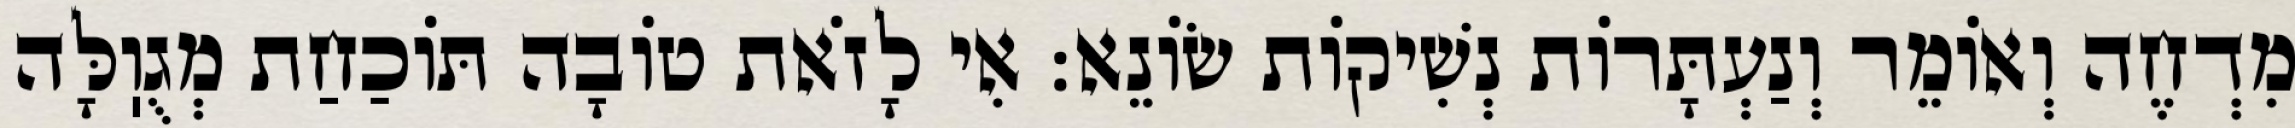
מִדְחֶה וְאוֹמֵר וְנַעְתָּרוֹת נְשִׁיקוֹת שׂוֹנֵא: אִי לָזֹאת טוֹבָה תּוֹכַחַת מְגֻוֽלָּה